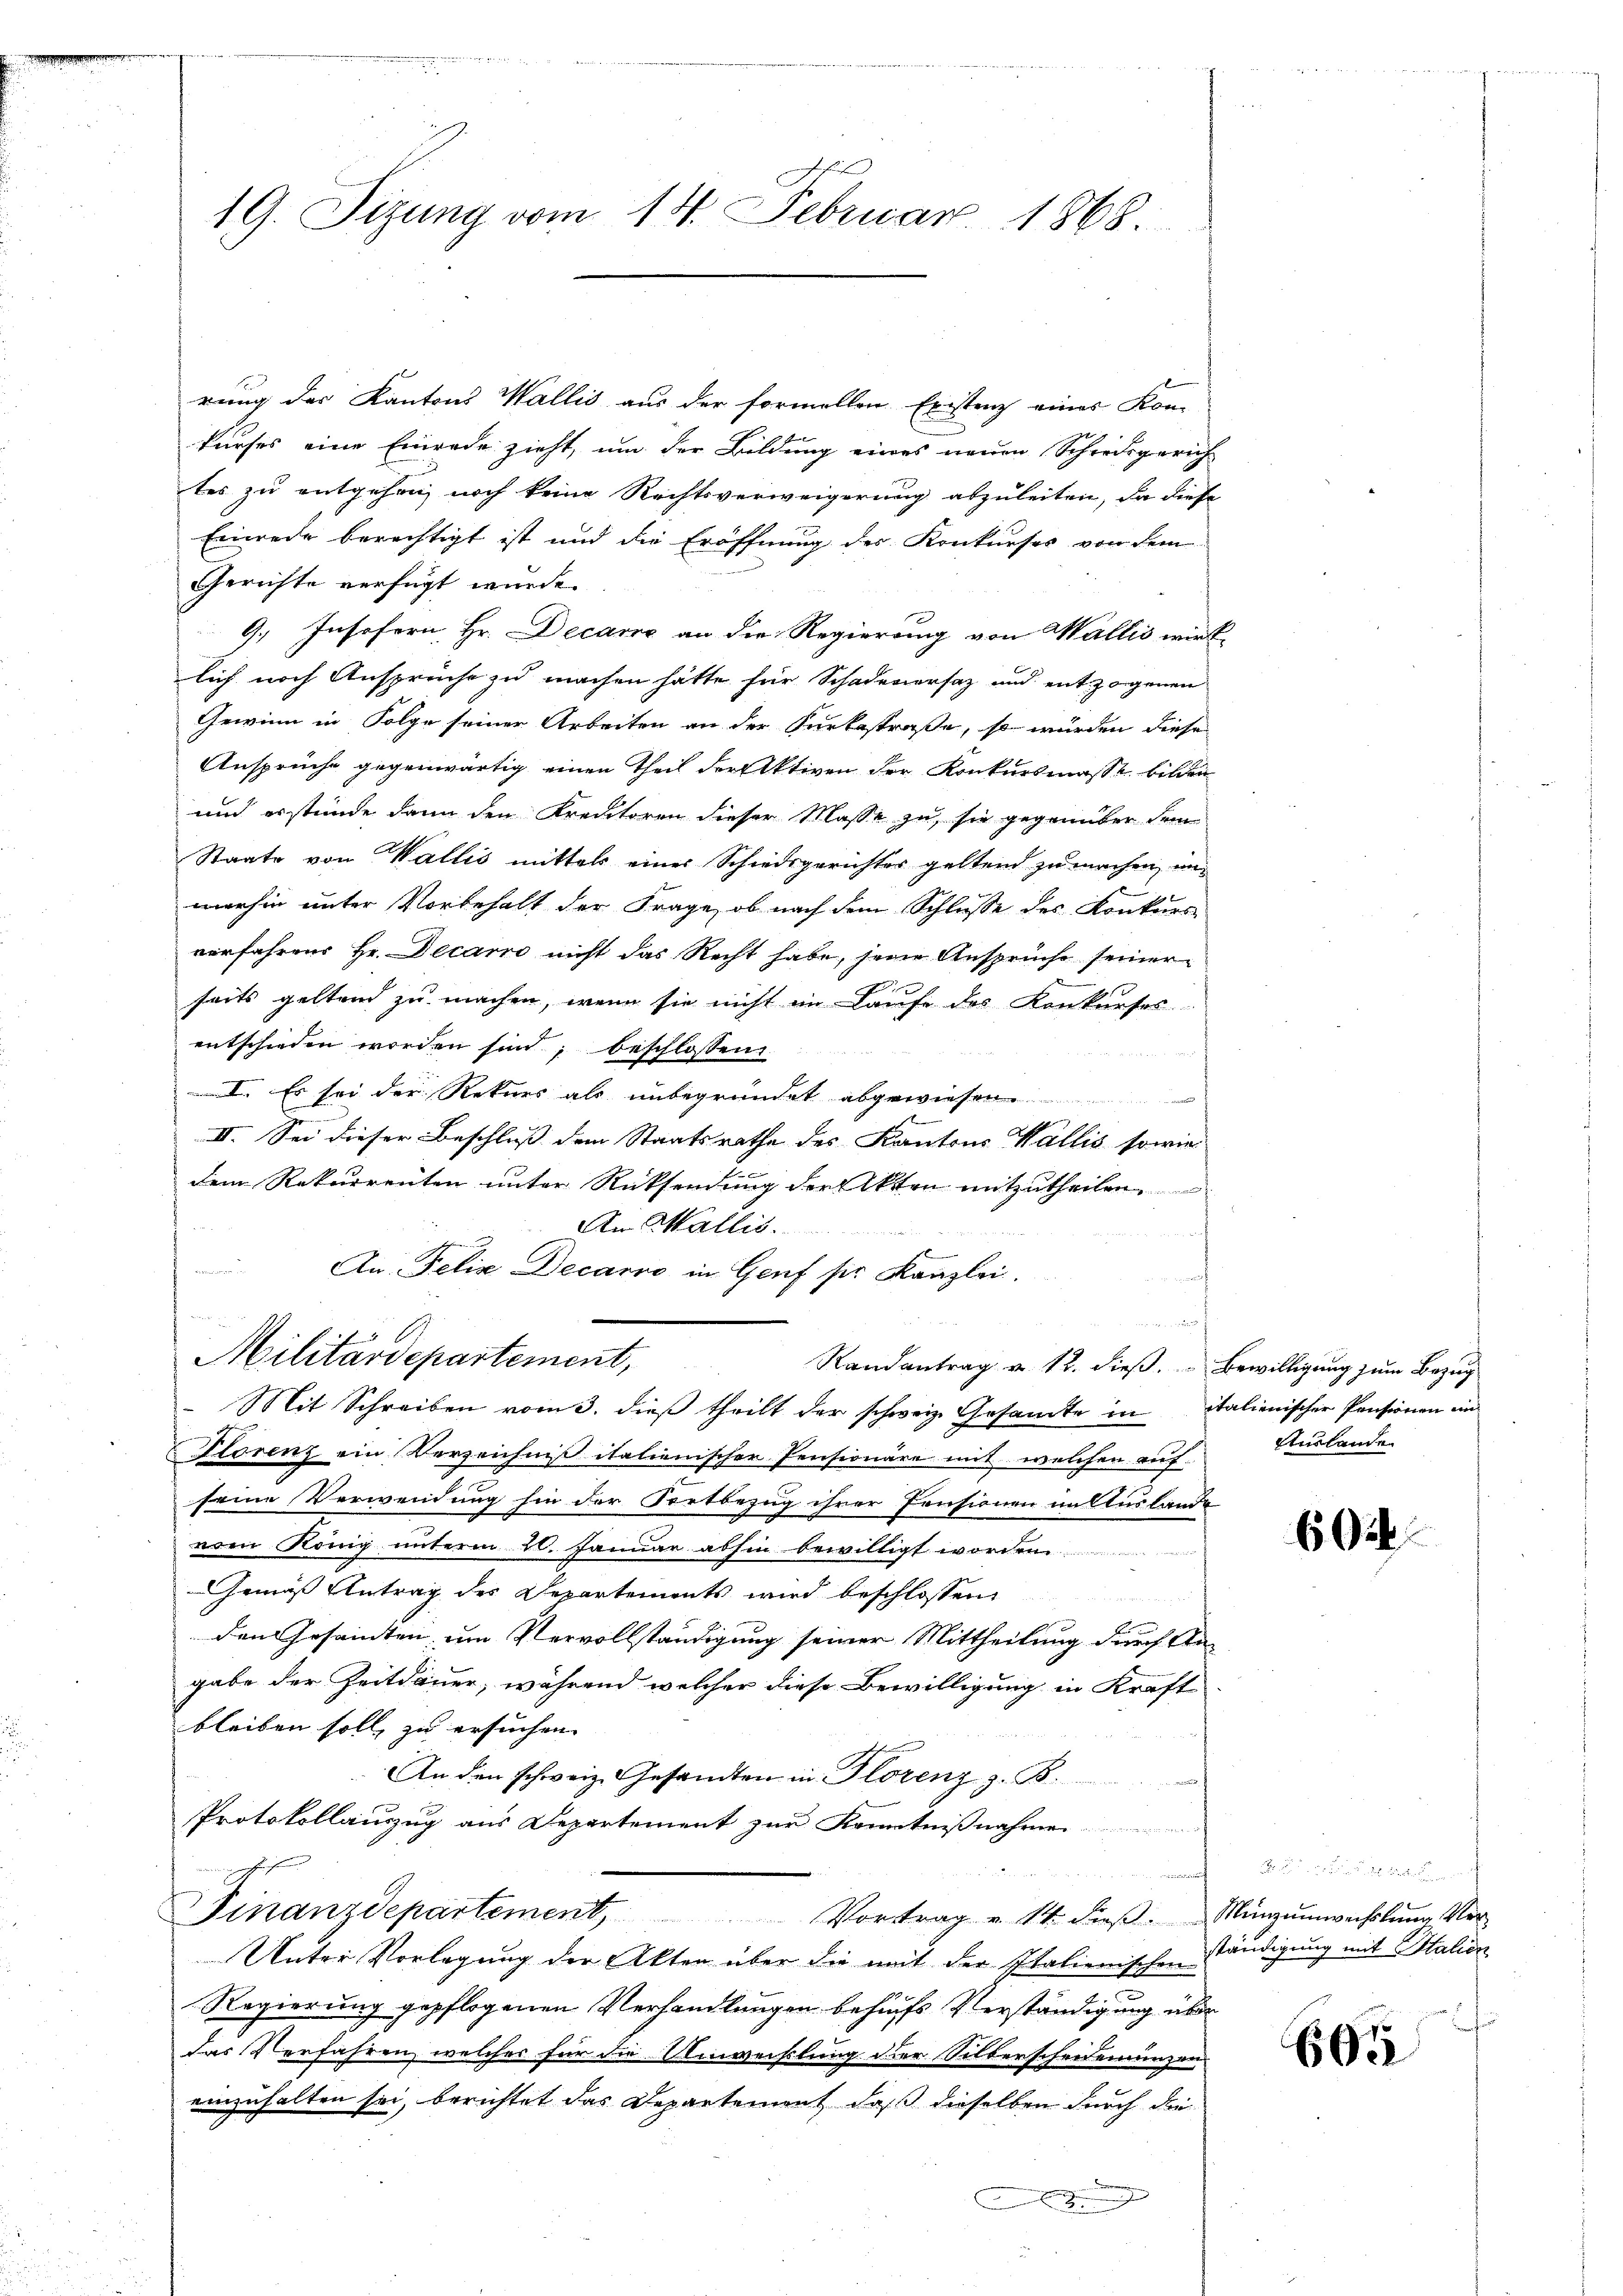
19. Sizung vom 14. Februar 1868.

rung des Kantons Wallis aus der formellen Existenz einer Kom-
kurses eine Einrede zieht, um der Bildung eines neuen Schiedsgerich
tes zu entgehen, noch keine Rechtsverweigerung abzuleiten, da diese
Einrede berechtigt ist und die Eröffnung der Konkurses von dem
Gerichte verfügt wurde.
9, Insofern, Hr. Decane an die Regierung von Wallis wirk
lich noch Ansprüche zu machen hätte für Schadenersaz und entzogenen
Gewinn in Folge seiner Arbeiten an der Surbestraße, so würden diese
Ansprüche gegenwärtig einen Theil der Aktiven der Konkursmasse bilden
und es stünde dann den Kreditoren dieser Masse zu, sie gegenüber dem
Staate von Wallis mittels einer Schiedsgerichter geltend zu machen, in
merhin unter Vorbehalt der Frage, ob nach dem Schlusse des Konkurs
verfahrend Hr. Decario nicht das Recht habe, jene Ansprüche seiner
seits geltend zu machen, wenn sie nicht im Laufe des Konkurses
entschieden worden sind; beschlossen
I. Es sei der Rekurs als unbegründet abgewiesen
III. Sei dieser Beschluss dem Staatsrathe des Kantons Wallis sowie
dem Rekurrenten unter Rücksendung der Akten mitzutheilen
An Wallis.
u
An Felix Decario in Genf ser Kanzlei.
Militärdepartement,
Randantrag v. 12. dieß. Bewilligung zum Bezug
Mit Schreiben vom 3. dieß theilt der schweiz. Gesamte in italienischer Pensionen ein
Florenz ein Verzeichniß italienischer Pensionäre mit, welchen auf Auslande
seine Verwendung hin der Fortbezug ihrer Pensionen in Auslande
vom König unterm 20. Januar abhin bewilligt worden.

Gemäß Antrag des Departements wird beschlossen:
den Gesamten um Vervollständigung seiner Mittheilung durch Angabe der Zeitdauer, während welcher diese Bewilligung in Kraft
bleiben soll, zu ersuchen |
An den schweiz. Gesandten in Florenz z. B.
Protokollauszug aus Departement zur Kenntnißnahmen
Finanzdepartement, Vortrag u. 14. dieβ. Münzŭmwerholŭng ver-
Unter Vorlegung der Akten über die mit der Italienischen
Regierung gepflogenen Verhandlungen behufs Verständigung über
das Verfahren, welches für die Unwechslung der Silberscheidemünzen
einzuhalten sei, berichtet das Departement, daß dieselben durch die
e

602

einer in des
ständigung mit Italien
.

605